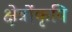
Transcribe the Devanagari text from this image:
क्षेत्रोंकृषि